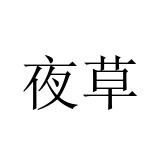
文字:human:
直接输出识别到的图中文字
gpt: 夜草